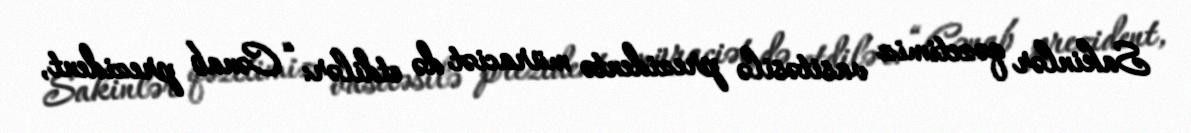
Sakinlər qəzetimiz vasitəsilə prezidentə müraciət də etdilər: “Cənab prezident,